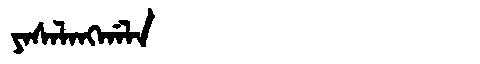
Manchu: ᠶᠠᠰᠠᠯᠠᠩᡤᠠᠯᠠ
Romanization: YASALANGGALA